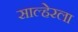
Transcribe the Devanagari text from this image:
साल्हेरला